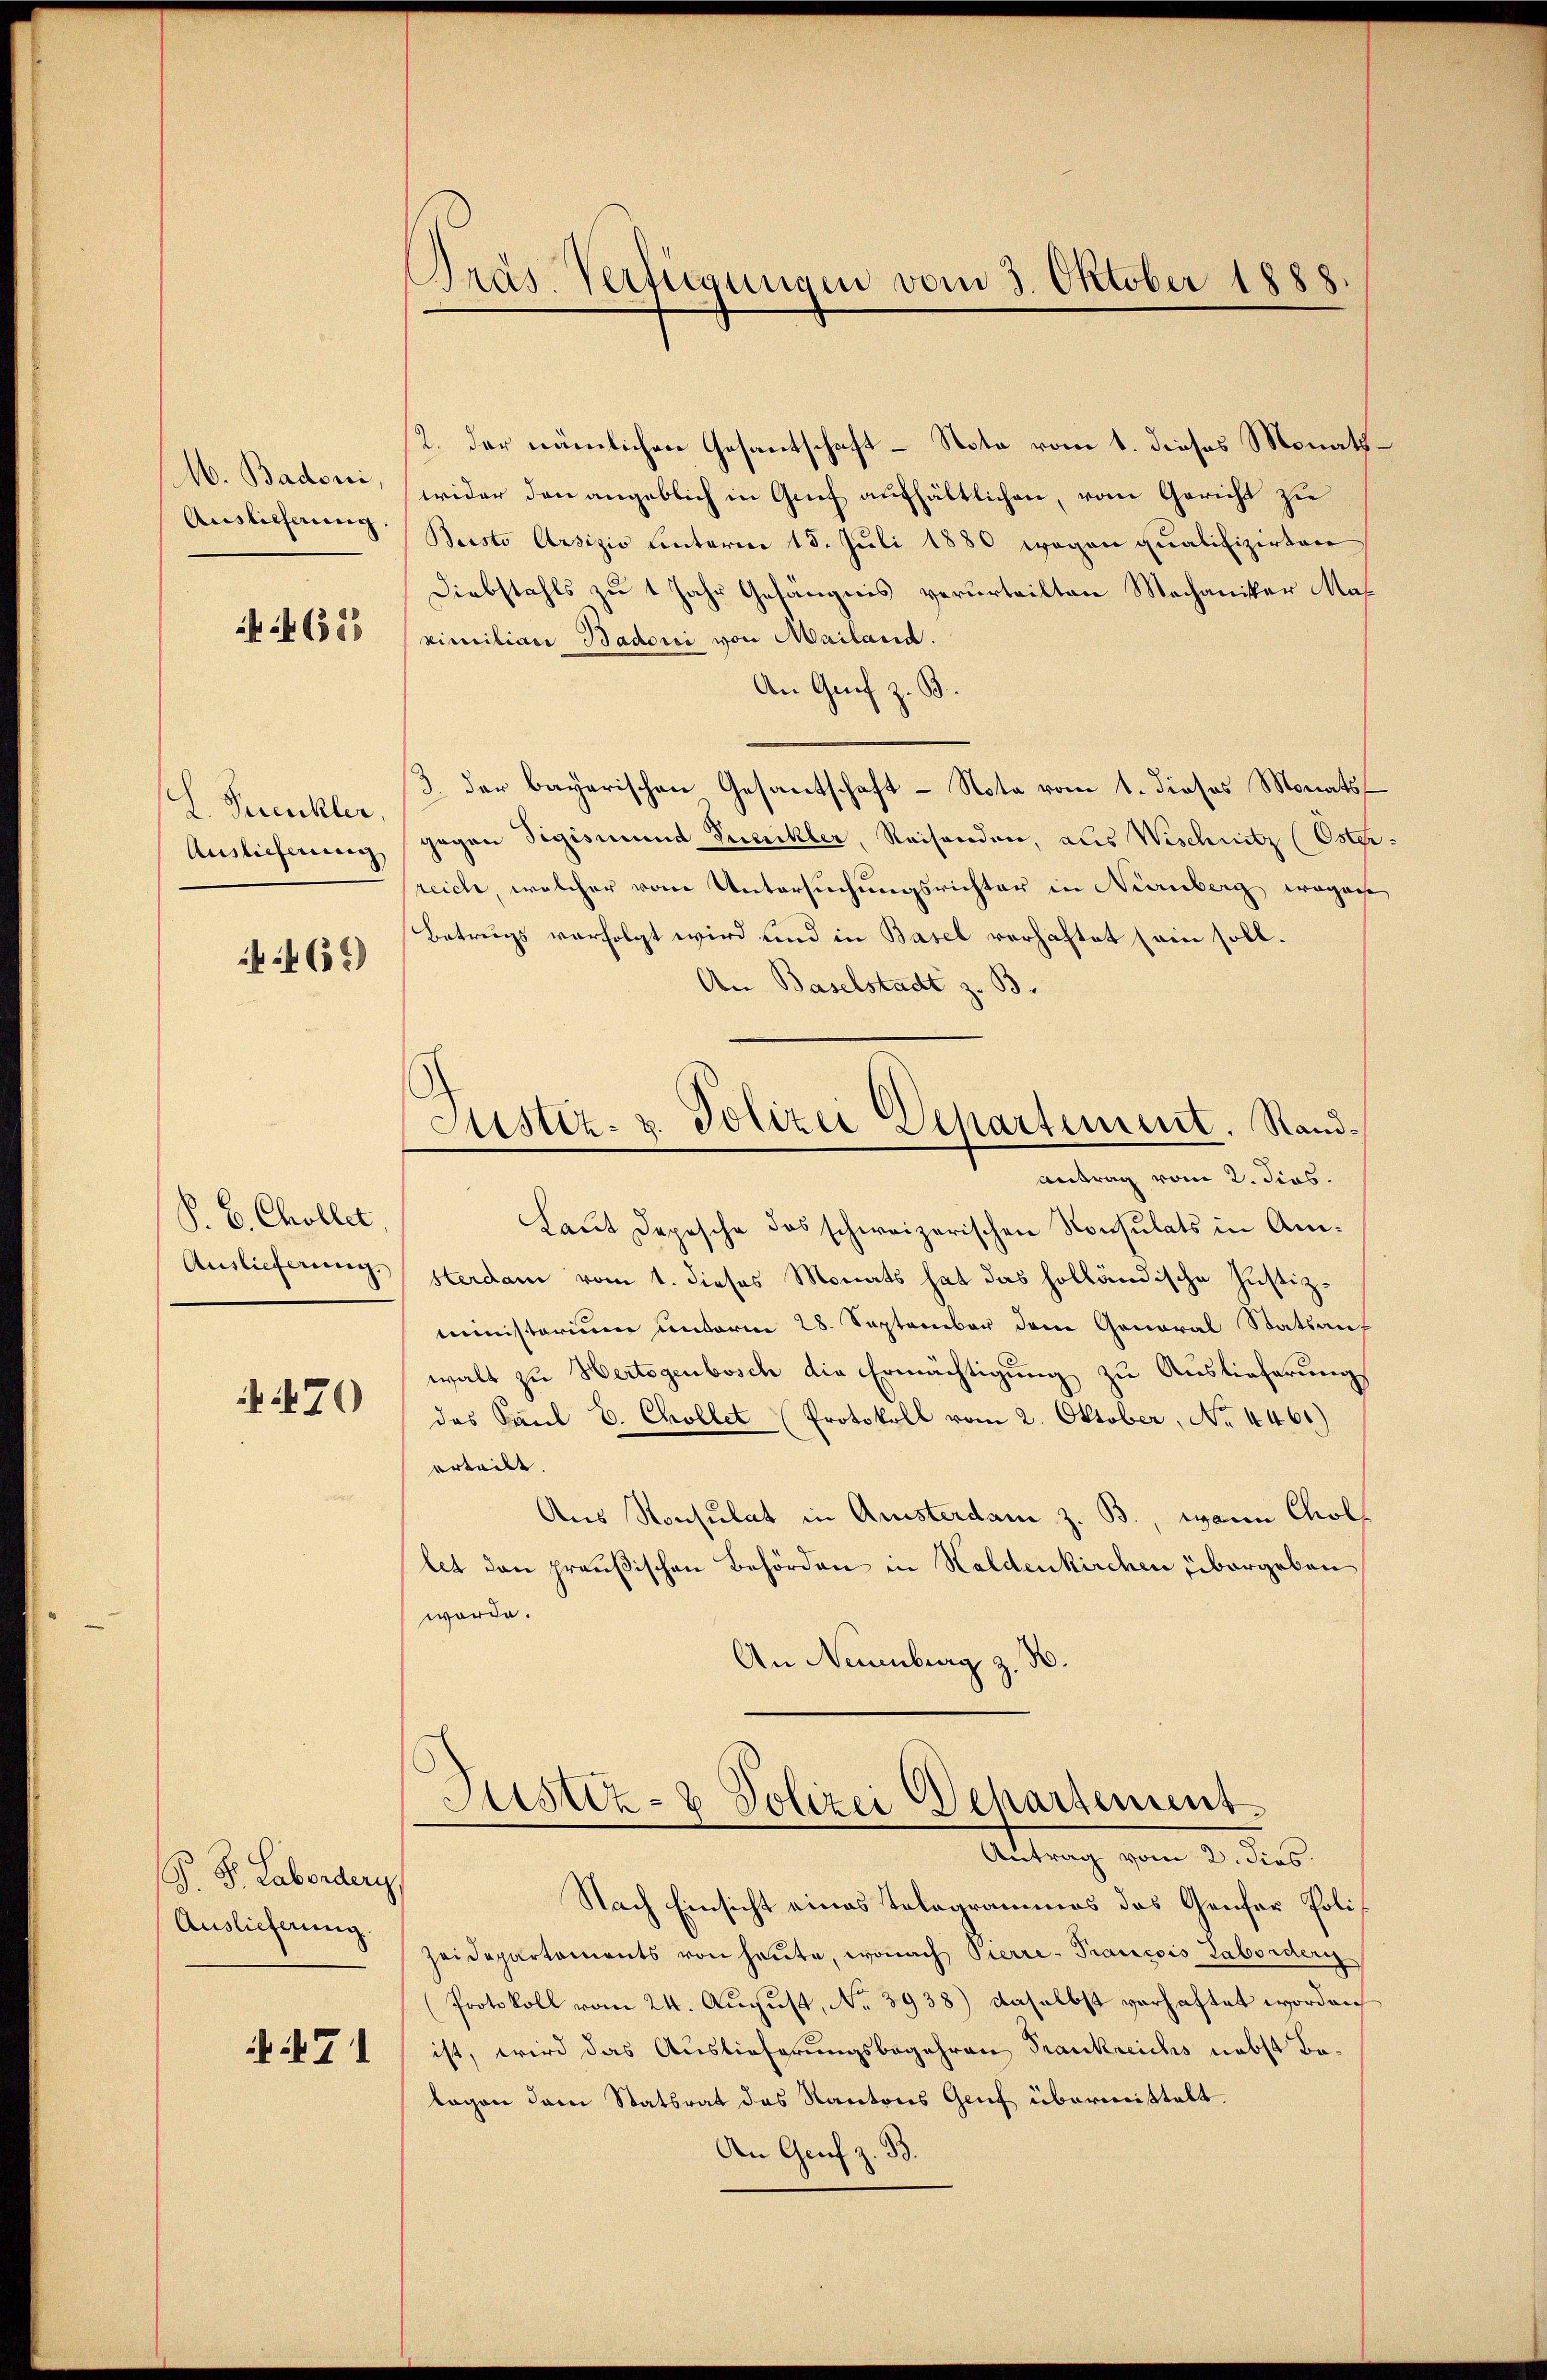
M. Badoni,
Auslieferung

625

L. Trinkler,
Auslieferung

465)

P. C. Chollet,
Auslieferung.

70

S. S. Laborden,
Auslieferung.

471

Pras. Verfügungen vom 3. Oktober 1888.

2. der nämlichen Gesantschaft - Nota vom 1. dieses Monatswider den angeblich in Grief aufhältlichen, vom Gericht zu
Buisto Arsizio unterm 15. Juli 1880 wegen qualifizirten
Diebstahls zu 1 Jahr Gefängnis verurteilten Mechaniker Maximiliar Badorii von Mailand.
An Genf z. B.
2. der bayerischen Gesantschaft - Nota vom 1. dieses Monats
gegen Sigismund Zueickler, Reisenden, aus Wischnitz (Osterreich, welcher vom Untersuchungsrichter in Nürnberg wegen
Betrugs verfolgt wird und in Basel verhaftet sein soll.
An Baselstadt z. B.
Justiz- & Polizei Departement. Rand¬
Antrag vom 2. dies
Laut Depesche das schweizerischen Konsulats in Amsterdam vom 1. dieses Monats hat das holländische Justizministerium unterm 28. September dem General Statsauf
walt zu Hertogenbosch die Ermächtigung zu Auslieferung
das Paul E. Chollet (Protokoll vom 2. Oktober, No 4461)
erteilt.
Aus Konsulat in Ansterdam z. B., wann Chol
let den preußischen Behörden in Haldenkirchen übergeben
worde.
An Neuenburg z. B.

Justiz- & Polizei Behartement
Antrag vom 2. dies

Nach Einsicht eines Telegrammes das Genfer Poli
zeidepartements von heute, wonach Pierre- Prancois Laborder
(Protokoll vom 24. August, No 3938) daselbst verhaftet worden
ist, wird das Auslieferungsbegehren Frankreichs nebst Belagen dem Statsrat des Kantons Genf übermittelt.
An Genf z. B.